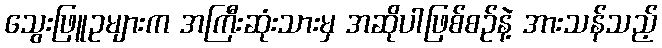
သွေးဖြူဥများက အကြီးဆုံးသားမှ အဆိုပါဖြစ်စဉ်နဲ့ အားသန်သည့်